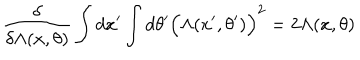
{ \frac { \delta } { \delta \Lambda ( x , \theta ) } } \int d x ^ { \prime } \int d \theta ^ { \prime } \Big ( \Lambda ( x ^ { \prime } , \theta ^ { \prime } ) \Big ) ^ { 2 } = 2 \Lambda ( x , \theta )